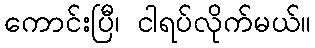
ကောင်းပြီ၊ ငါရပ်လိုက်မယ်။